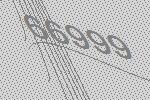
66999